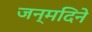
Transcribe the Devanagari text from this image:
जन्मदिने